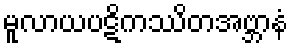
မူလာယပဋိကဿိတအဗ္ဘာနံ